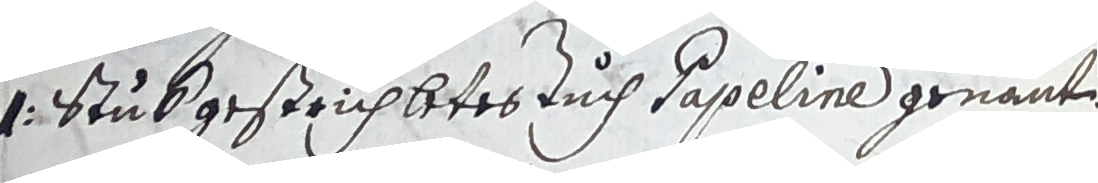
1 Stuk gestrichbetes tuch Sappeline genant